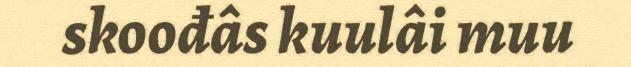
skoođâs kuulâi muu